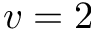
v = 2